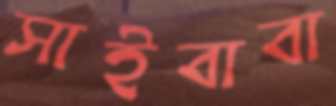
সাইবাবা